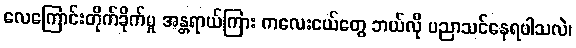
လေကြောင်းတိုက်ခိုက်မှု အန္တရာယ်ကြား ကလေးငယ်တွေ ဘယ်လို ပညာသင်နေရပါသလဲ၊